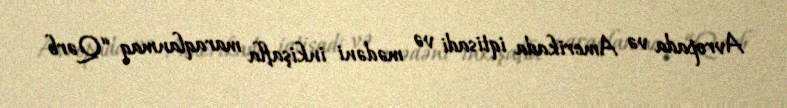
Avropada və Amerikada iqtisadi və mədəni inkişafla maraqlanmaq “Qərb